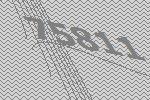
75811